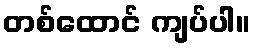
တစ်ထောင် ကျပ်ပါ။